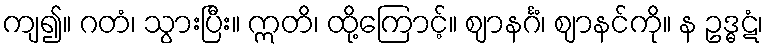
ကျ၍။ ဂတံ၊ သွားပြီး။ ဣတိ၊ ထို့ကြောင့်။ ဈာနင်္ဂံ၊ ဈာနင်ကို။ န ဥဒ္ဓဋံ၊